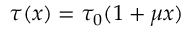
\tau ( x ) = \tau _ { 0 } ( 1 + \mu x )